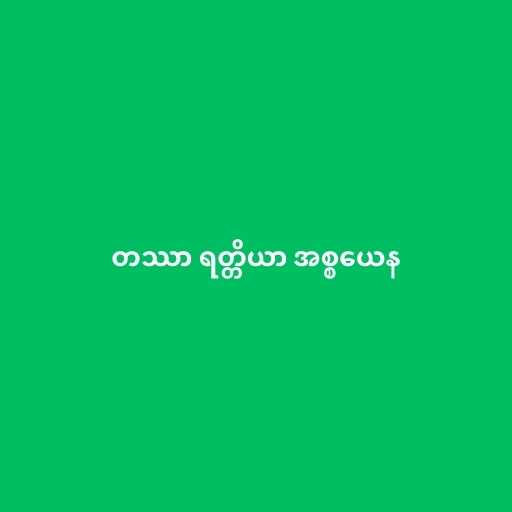
တဿာ ရတ္တိယာ အစ္စယေန